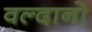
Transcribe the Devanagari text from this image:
वल्दानो